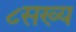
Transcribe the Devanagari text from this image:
८सख्य